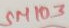
Text: SM103